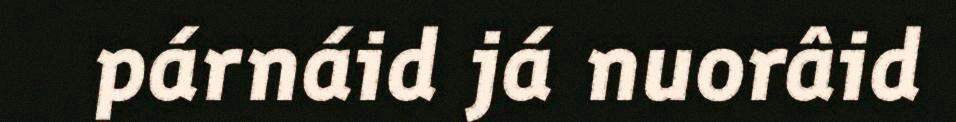
párnáid já nuorâid